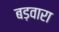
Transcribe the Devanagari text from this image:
बड़वारा